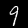
Digit: 9